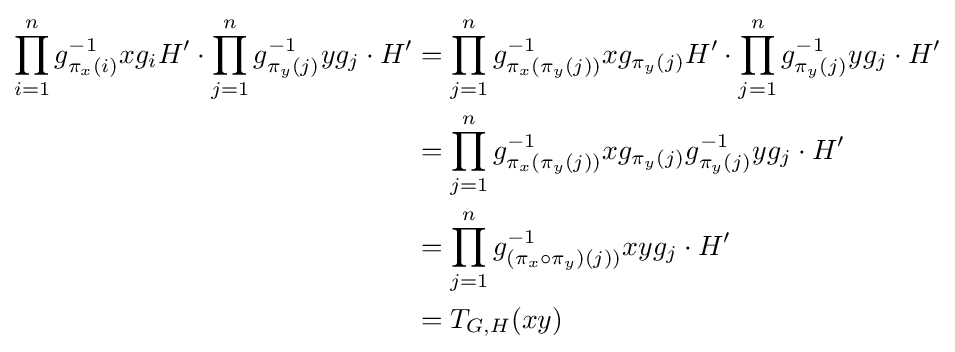
{\begin{aligned}\prod _{i=1}^{n}g_{\pi _{x}(i)}^{-1}xg_{i}H'\cdot \prod _{j=1}^{n}g_{\pi _{y}(j)}^{-1}yg_{j}\cdot H'&=\prod _{j=1}^{n}g_{\pi _{x}(\pi _{y}(j))}^{-1}xg_{\pi _{y}(j)}H'\cdot \prod _{j=1}^{n}g_{\pi _{y}(j)}^{-1}yg_{j}\cdot H'\\&=\prod _{j=1}^{n}g_{\pi _{x}(\pi _{y}(j))}^{-1}xg_{\pi _{y}(j)}g_{\pi _{y}(j)}^{-1}yg_{j}\cdot H'\\&=\prod _{j=1}^{n}g_{(\pi _{x}\circ \pi _{y})(j))}^{-1}xyg_{j}\cdot H'\\&=T_{G,H}(xy)\end{aligned}}